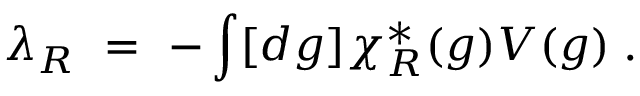
\lambda _ { R } ~ = ~ - \int [ d g ] \chi _ { R } ^ { * } ( g ) V ( g ) \; .